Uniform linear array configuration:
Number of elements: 8
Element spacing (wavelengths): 0.25
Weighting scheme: uniform
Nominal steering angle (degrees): -15
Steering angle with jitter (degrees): -15.28
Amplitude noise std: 0.05
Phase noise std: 0.05

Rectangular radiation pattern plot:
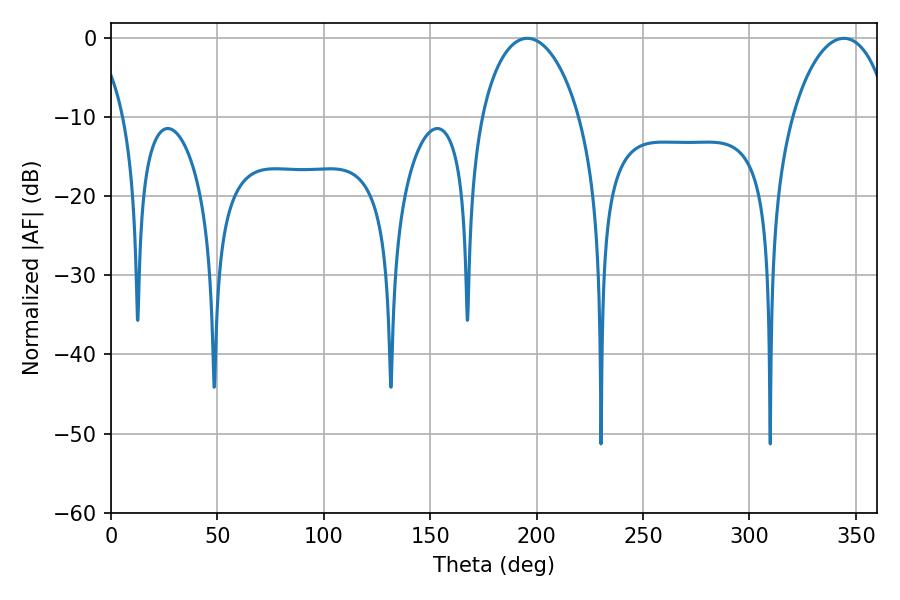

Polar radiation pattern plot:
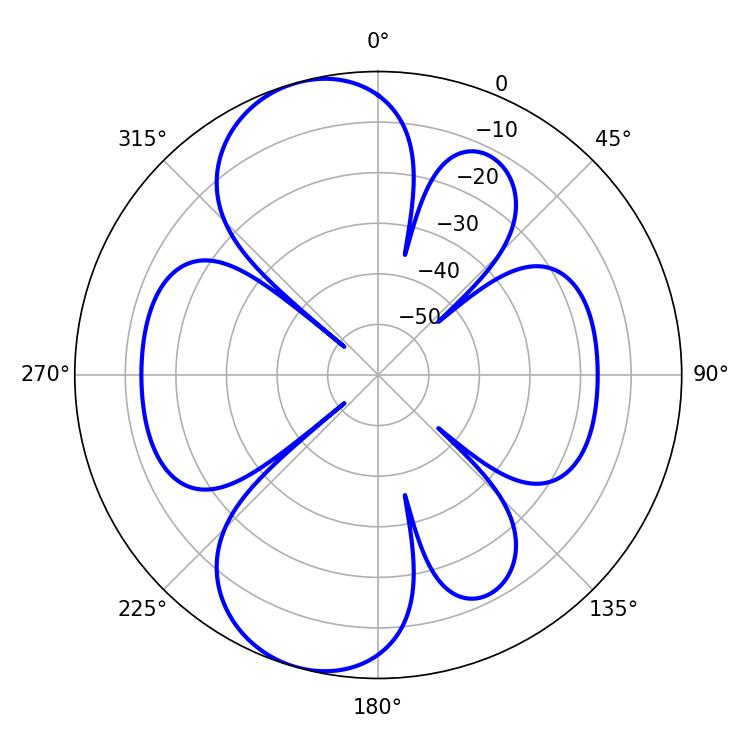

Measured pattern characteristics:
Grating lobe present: FALSE
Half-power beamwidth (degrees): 26.46
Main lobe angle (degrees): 195.66